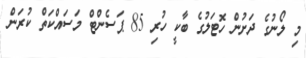
މި ލޯނުގެ ދަށުން ހޮޓަލުގެ ބާކީ ހުރި 85 ޕަސެންޓް މަސައްކަތް ކުރަން